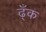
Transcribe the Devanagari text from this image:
ढ्ँक